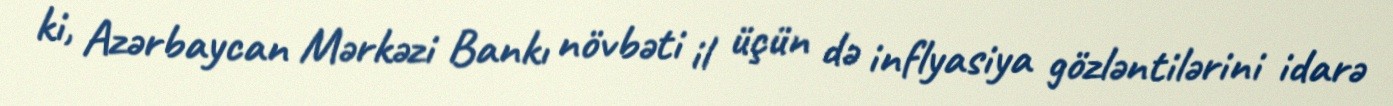
ki, Azərbaycan Mərkəzi Bankı növbəti il üçün də inflyasiya gözləntilərini idarə